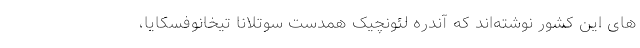
های این کشور نوشته‌اند که آندره لئونچیک همدست سوتلانا تیخانوفسکایا،